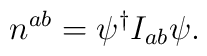
n^{ab}=\psi ^{\dagger }I_{ab}\psi .